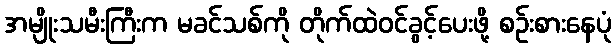
အမျိုးသမီးကြီးက မခင်သစ်ကို တိုက်ထဲဝင်ခွင့်ပေးဖို့ စဉ်းစားနေပုံ